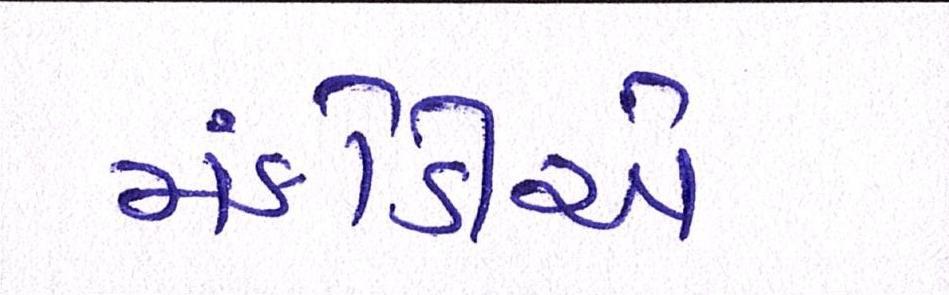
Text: મંકોડીએ